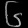
Digit: ၆